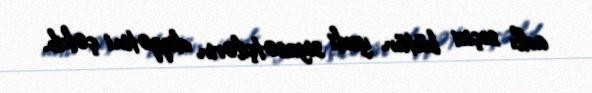
adlı seçici bütün yerli siyasətçilərin diqqətini çəkib.